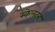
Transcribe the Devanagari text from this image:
स्केलटन